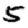
Digit: 5